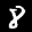
Label: 8